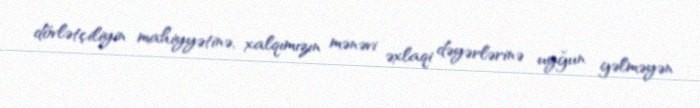
dövlətçiliyin mahiyyətinə, xalqımızın mənəvi əxlaqi dəyərlərinə uyğun gəlməyən